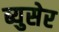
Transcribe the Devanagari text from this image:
ब्युसेर